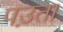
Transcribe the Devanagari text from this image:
पउ़ता